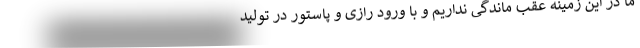
ما در این زمینه عقب ماندگی نداریم و با ورود رازی و پاستور در تولید